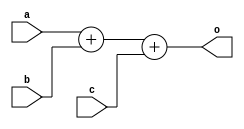
module ternary_add (a,b,c,o);

parameter WIDTH=8;
parameter SIGN_EXT = 1'b0;

input [WIDTH-1:0] a,b,c;
output [WIDTH+1:0] o;
wire [WIDTH+1:0] o;

generate 
if (!SIGN_EXT)
	assign o = a+b+c;
else
	assign o = {a[WIDTH-1],a[WIDTH-1],a} +
			   {b[WIDTH-1],b[WIDTH-1],b} +
			   {c[WIDTH-1],c[WIDTH-1],c};
endgenerate

endmodule